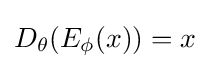
D_{\theta }(E_{\phi }(x))=x